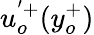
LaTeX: u_{o}^{'+}(y_{o}^{+})